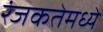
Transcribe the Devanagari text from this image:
रंजकतेमध्ये